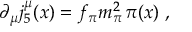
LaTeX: \partial _ { \mu } j _ { 5 } ^ { \mu } ( x ) = f _ { \pi } m _ { \pi } ^ { 2 } \, \pi ( x ) \; ,